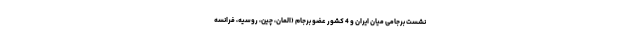
نشست برجامی میان ایران و 4 کشور عضو برجام (المان، چین، روسیه، فرانسه